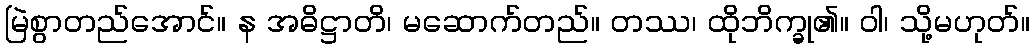
မြဲစွာတည်အောင်။ န အဓိဋ္ဌာတိ၊ မဆောက်တည်။ တဿ၊ ထိုဘိက္ခု၏။ ဝါ၊ သို့မဟုတ်။